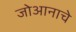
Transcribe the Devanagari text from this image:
जोआनाचे